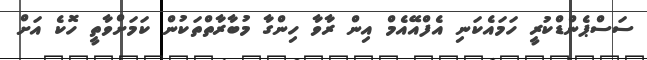
ސަސްޕެންޑްކުރީ ހަމައެކަނި އެފްއޭއެމް އިން ރާވާ ހިންގާ މުބާރާތްތަކުން ކަމަށްވާތީ ހޮކެ އަށް